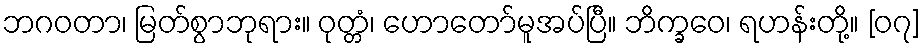
ဘဂဝတာ၊ မြတ်စွာဘုရား။ ဝုတ္တံ၊ ဟောတော်မူအပ်ပြီ။ ဘိက္ခဝေ၊ ရဟန်းတို့။ [၀၇]